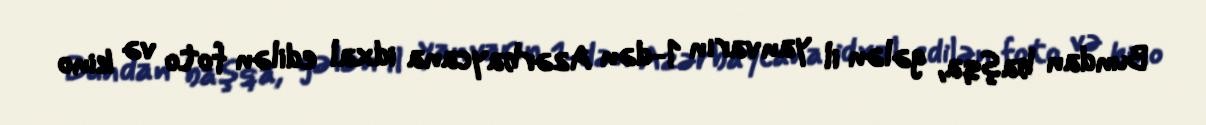
Bundan başqa, gələn il yanvarın 1-dən Azərbaycana idxal edilən foto və kino